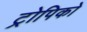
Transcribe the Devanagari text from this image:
ट्रोपिको